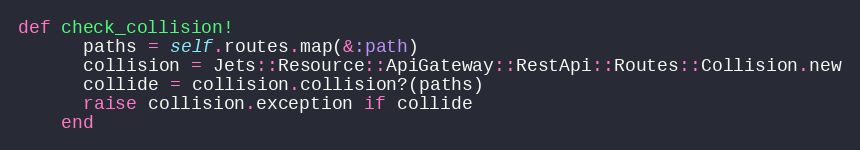
Language: Ruby
def check_collision!
      paths = self.routes.map(&:path)
      collision = Jets::Resource::ApiGateway::RestApi::Routes::Collision.new
      collide = collision.collision?(paths)
      raise collision.exception if collide
    end